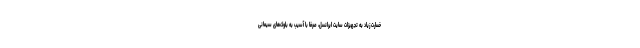
خسارت زیاد به تجهیزات سایت ایرانسل، صرفاً با آسیب به بلوک‌های سیمانی